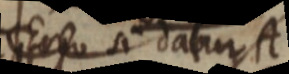
Ergo si datur A